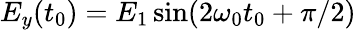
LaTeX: E_{y}(t_{0})=E_{1}\sin(2\omega_{0}t_{0}+\pi/2)